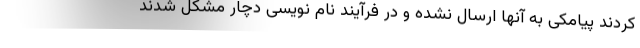
کردند پیامکی به آنها ارسال نشده و در فرآیند نام نویسی دچار مشکل شدند